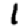
Digit: 1